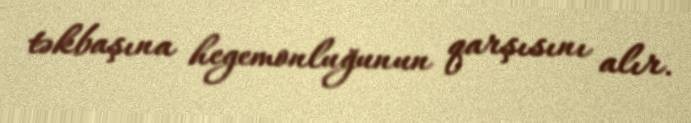
təkbaşına hegemonluğunun qarşısını alır.